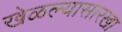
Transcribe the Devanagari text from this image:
खेळल्यासारखा